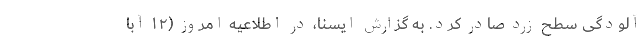
آلودگی سطح زرد صادر کرد. به گزارش ایسنا، در اطلاعیه امروز (۱۲ آبا